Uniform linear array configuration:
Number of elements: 8
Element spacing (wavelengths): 1
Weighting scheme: kaiser
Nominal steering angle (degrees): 30
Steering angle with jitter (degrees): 29.961
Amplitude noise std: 0.05
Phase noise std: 0.05

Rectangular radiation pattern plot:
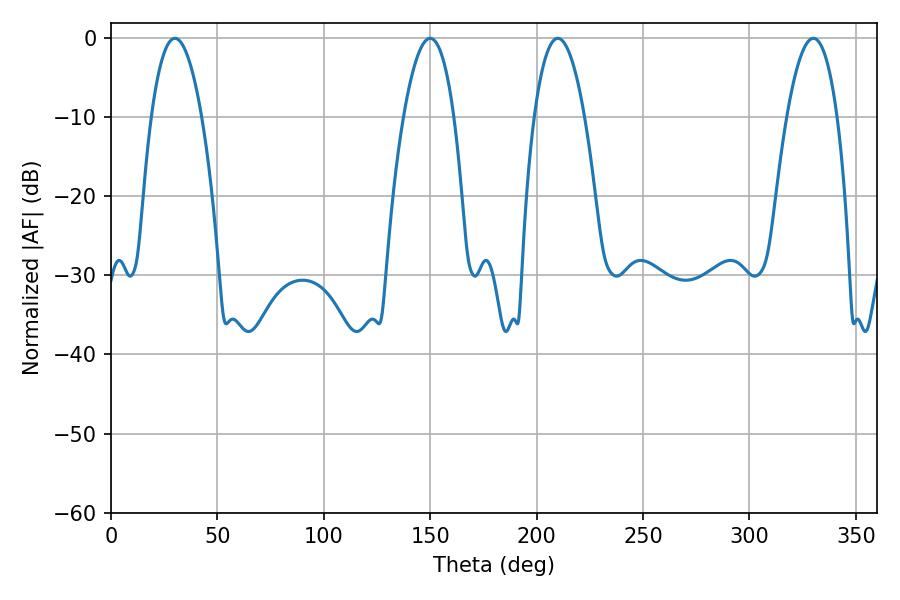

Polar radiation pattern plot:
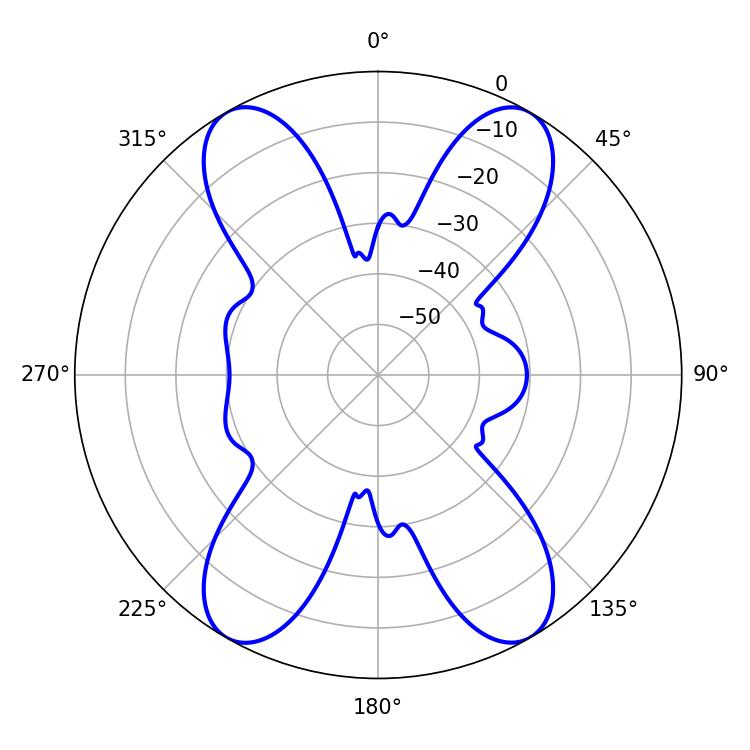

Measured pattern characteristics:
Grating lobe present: TRUE
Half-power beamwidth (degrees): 13.14
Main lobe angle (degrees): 30.06